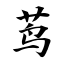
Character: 莺